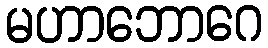
မဟာဘောဂေ